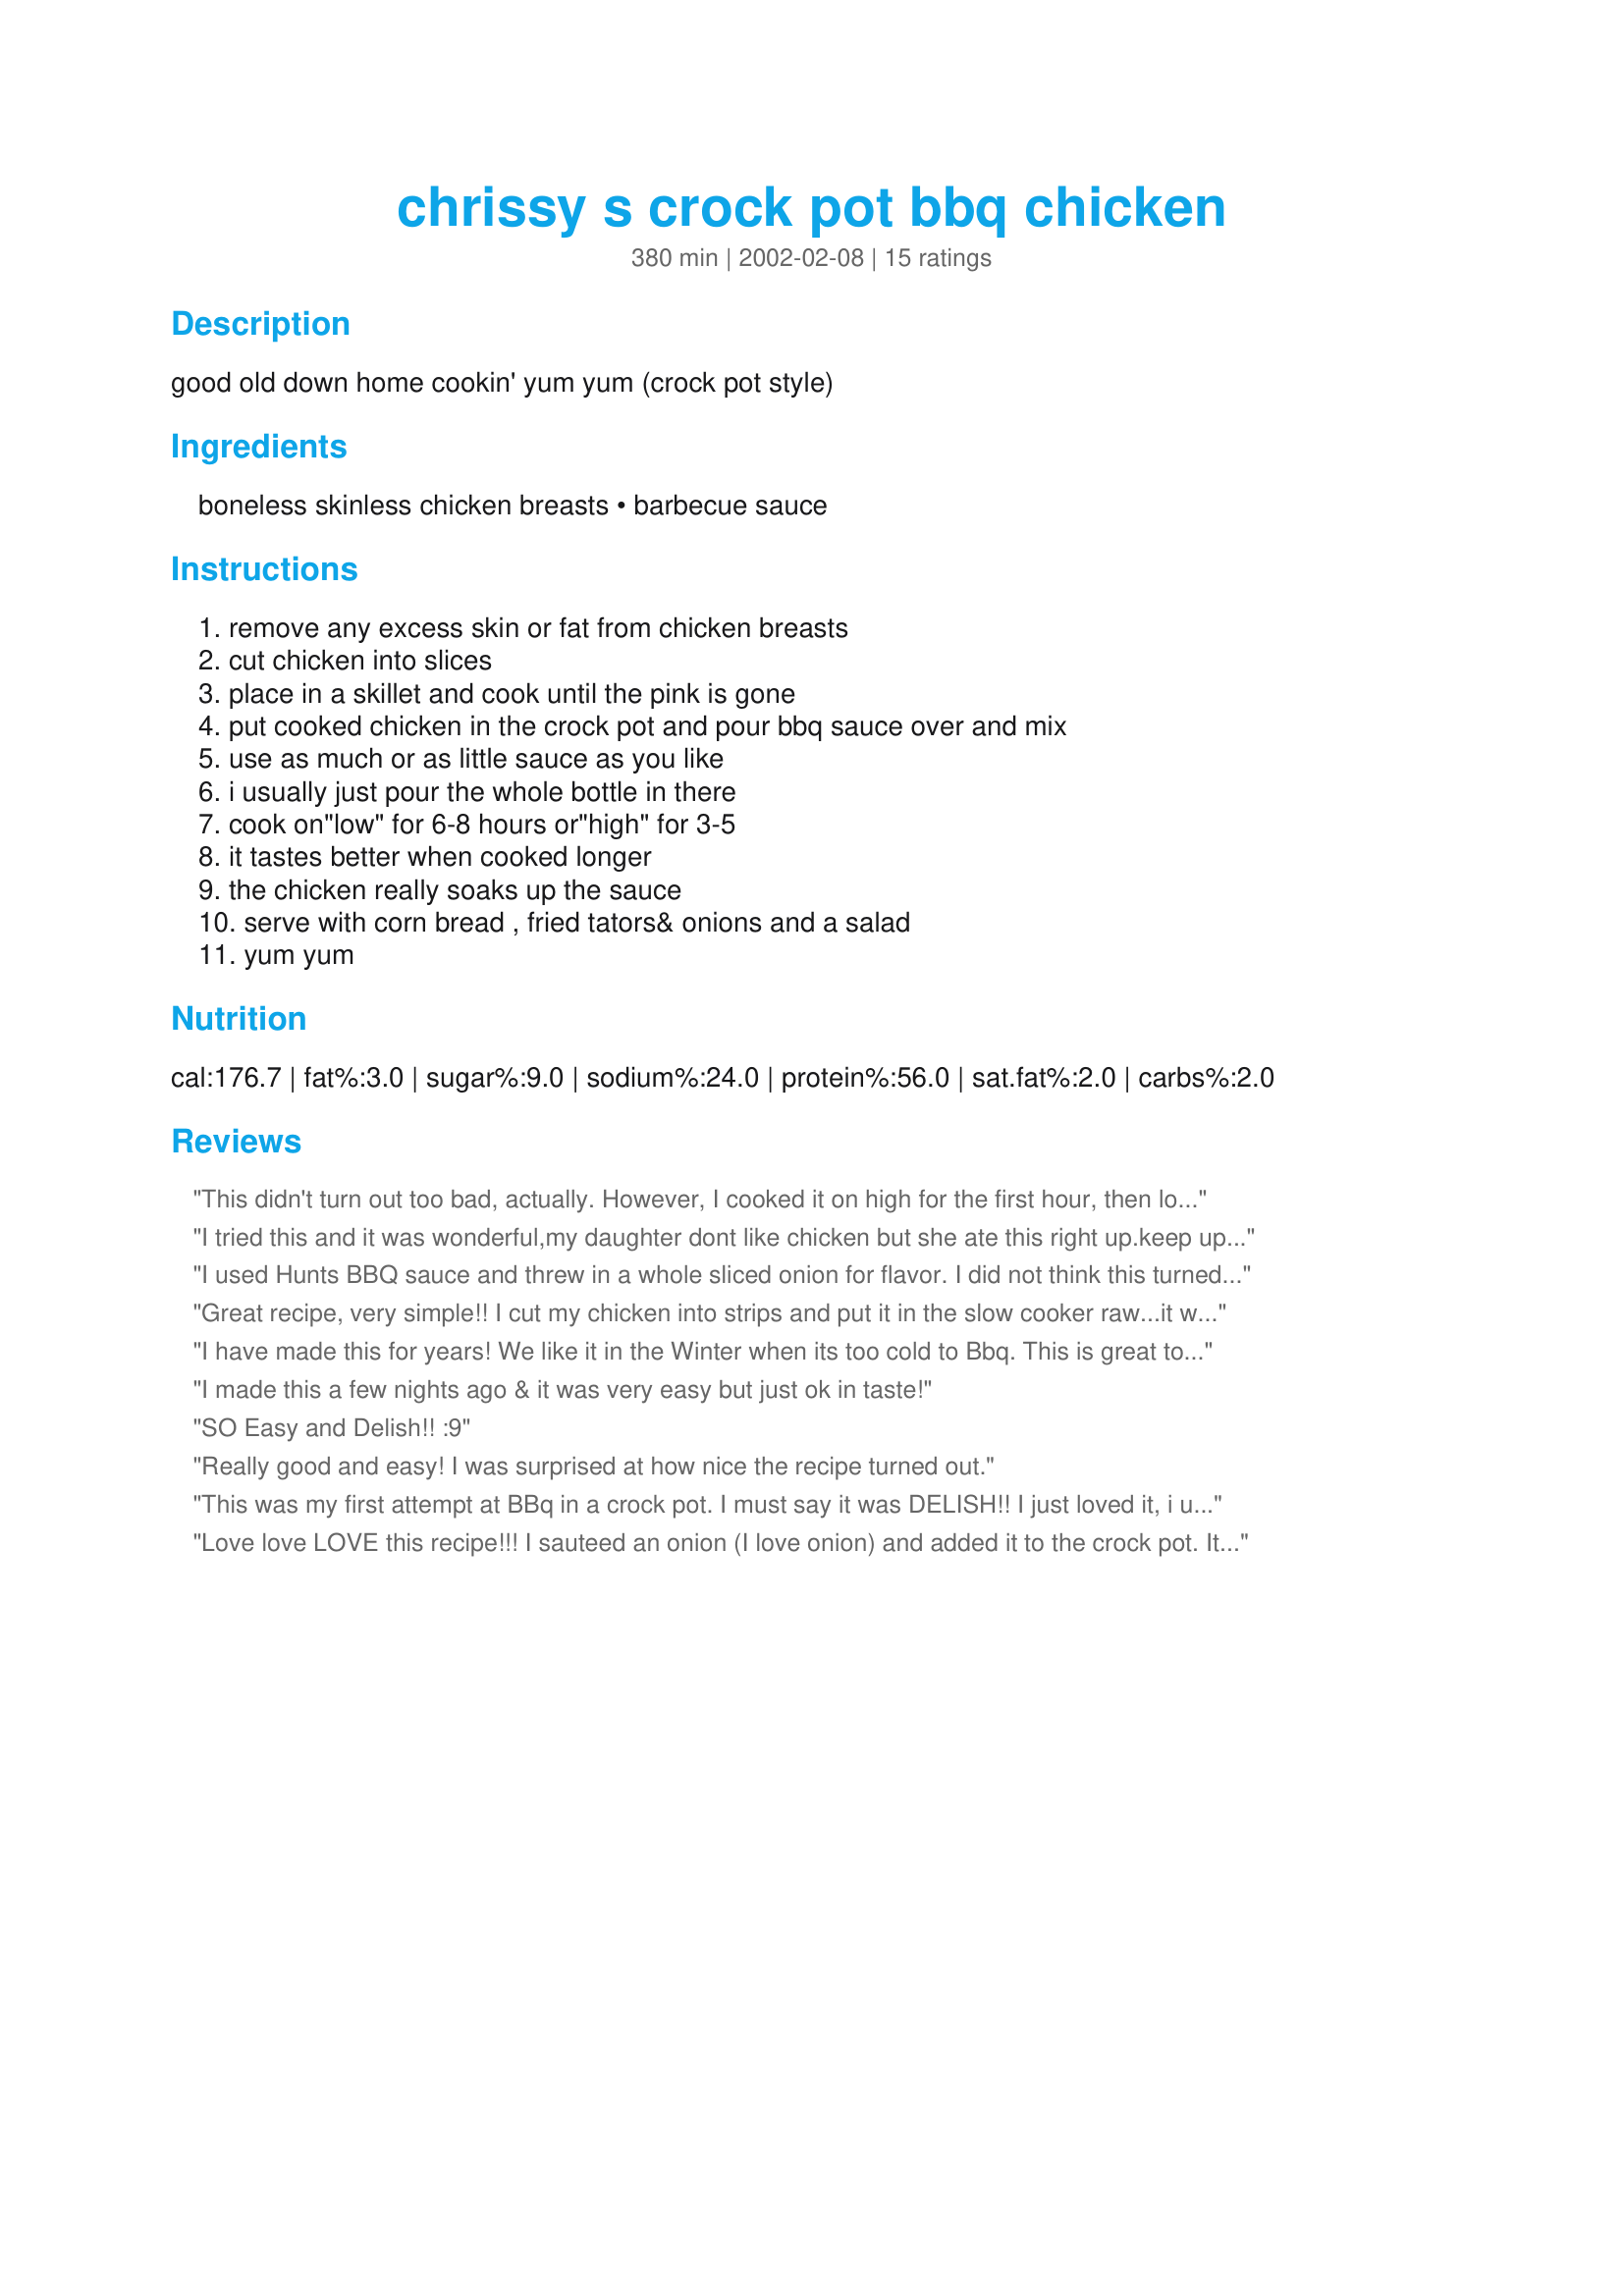
chrissy s crock pot bbq chicken
Preparation time: 380 minutes

good old down home cookin' yum yum (crock pot style)

Ingredients:
boneless skinless chicken breasts, barbecue sauce

Steps:
remove any excess skin or fat from chicken breasts, cut chicken into slices, place in a skillet and cook until the pink is gone, put cooked chicken in the crock pot and pour bbq sauce over and mix, use as much or as little sauce as you like, i usually just pour the whole bottle in there, cook on"low" for 6-8 hours or"high" for 3-5, it tastes better when cooked longer, the chicken really soaks up the sauce, serve with corn bread , fried tators& onions and a salad, yum yum

Reviews:
This didn't turn out too bad, actually. However, I cooked it on high for the first hour, then low for the next four. I will make this again, but cut the cooking time down a bit. Also, rather than using a whole can of cola, I used a half can and it was perfect. You have to beware what type of BBQ sauce you use; otherwise, it will turn out watery when the cola is added.

Overall, it had a very good flavor and, served with cornbread, was a nice change to grilling.
I tried this and it was wonderful,my daughter dont like chicken but she ate this right up.keep up the good work.
I used Hunts BBQ sauce and threw in a whole sliced onion for flavor. 
I did not think this turned out well at all. It may have been the BBQ sauce I chose but I made something like this before that had maybe 3 more ingredients (plus the onion) and it was amazing. Now if only I could find it?!
Great recipe, very simple!! I cut my chicken into strips and put it in the slow cooker raw...it was done after about 6-7 hours on low. The chicken just shred apart, I used sweet baby rays bbq sauce and it was amazing!! Awesome recipe, thanks for sharing :)
I have made this for years! We like it in the Winter when its too cold to Bbq. This is great to make while you at work and then come home to the fabulous smell. Sometimes simple is best! Thanks for sharing,

Not sure where the other reviewer got the Cola from since there is no cola called for
I made this a few nights ago & it was very easy but just ok in taste!
SO Easy and Delish!! :9
Really good and easy! I was surprised at how nice the recipe turned out.
This was my first attempt at BBq in a crock pot. I must say it was DELISH!! I just loved it, i used just about 3lbs of pork tenderloin and 2 18 ou jars of Bulls Eye Smoked Hickory bbq sauce and add some minced onions. So good thanks for the recipe, its a keeper!
Love love LOVE this recipe!!! I sauteed an onion (I love onion) and added it to the crock pot. It turned out fabulous! Great recipe for a great meal when you are in a hurry!
I really loved this recipe, it was especially good after sitting in the frig for a few days!
Way too easy! I didn't even brown the chicken, just threw it in the crockpot with a sliced onion and a bottle of sauce (I used Sweet Baby Rays). Great to come to this after a day of work!
I was extremely disappointed in the way this turned out. I followed the recipe, cooking for 7 hours on low and ended up with extremely dry chicken with the outer peices burnt. I am not sure if my crockpot may be hotter than the one used in the original recipe or not. I suspect though that if the chicken were not pre-cooked it would come out just fine.
We had it for dinner last night at everyone loved it. There was even any leftover.
This was very good with some adjustments. First, I marinated the chicken in the fridge overnight with a citrus-based bbq marinade (Stubb's). I also sauteed 1 onion (sliced) and added it to the crockpot. The family LOVED it. 4 stars without adjustments, 5 stars with. :-)
